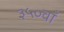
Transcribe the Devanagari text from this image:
३५०वाँ